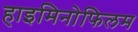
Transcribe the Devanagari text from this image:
हाइमिनोफिलम